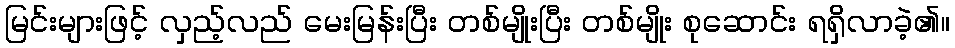
မြင်းများဖြင့် လှည့်လည် မေးမြန်းပြီး တစ်မျိုးပြီး တစ်မျိုး စုဆောင်း ရရှိလာခဲ့၏။